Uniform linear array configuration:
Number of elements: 4
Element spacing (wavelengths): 0.25
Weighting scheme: hann
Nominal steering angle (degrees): -60
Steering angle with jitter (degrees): -59.753
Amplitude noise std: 0.05
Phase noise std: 0.05

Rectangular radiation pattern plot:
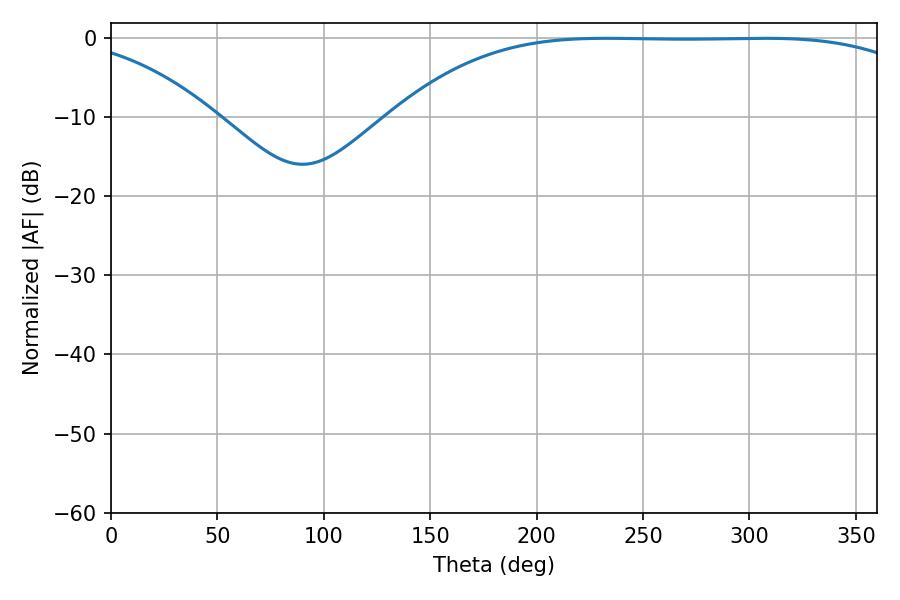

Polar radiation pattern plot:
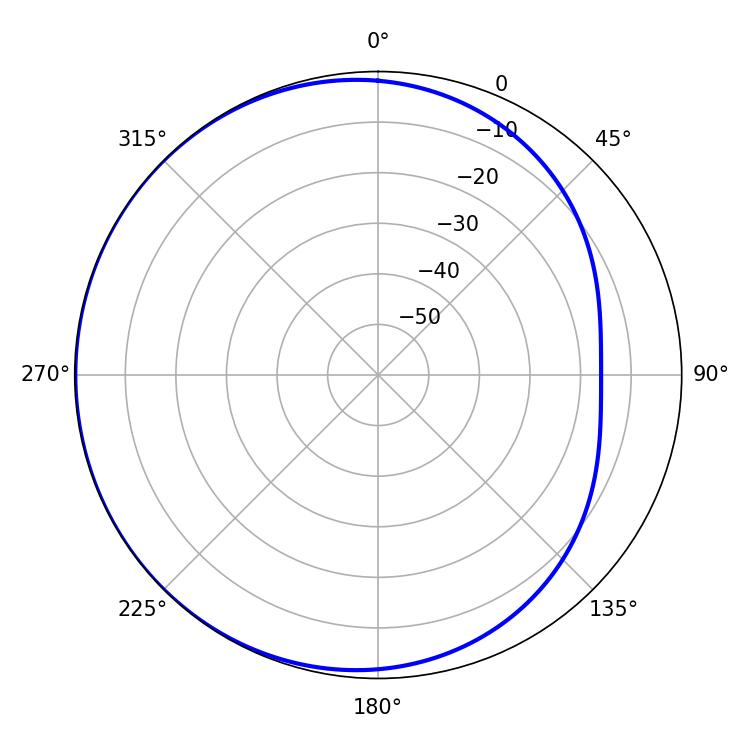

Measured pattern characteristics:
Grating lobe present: FALSE
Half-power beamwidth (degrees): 191.52
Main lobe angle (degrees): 307.08